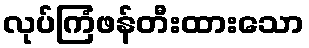
လုပ်ကြံဖန်တီးထားသော